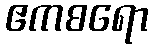
ဧကစရော